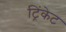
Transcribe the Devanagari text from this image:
ट्रिंकेट